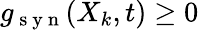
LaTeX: g_{\mathrm{~s~y~n~}}(X_{k},t)\ge 0